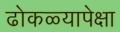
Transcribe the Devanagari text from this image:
ढोकळ्यापेक्षा